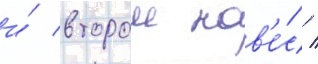
и́ второи нав'е́с /